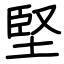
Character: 堅